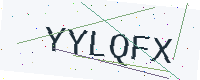
Text: YYLQFX